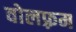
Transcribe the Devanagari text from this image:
वोलफ़्रम